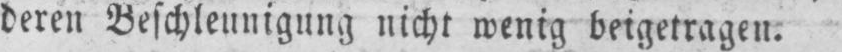
deren Beschleunigung nicht wenig beigetragen.